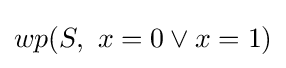
wp(S,\ x=0\vee x=1)